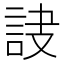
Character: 𧦾